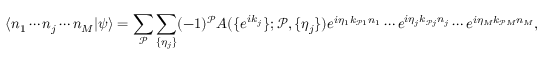
\langle n _ { 1 } \cdots n _ { j } \cdots n _ { M } | \psi \rangle = \sum _ { \mathcal { P } } \sum _ { \{ \eta _ { j } \} } ( - 1 ) ^ { \mathcal { P } } A ( \{ e ^ { i k _ { j } } \} ; \mathcal { P } , \{ \eta _ { j } \} ) e ^ { i \eta _ { 1 } k _ { \mathcal { P } 1 } n _ { 1 } } \cdots e ^ { i \eta _ { j } k _ { \mathcal { P } j } n _ { j } } \cdots e ^ { i \eta _ { M } k _ { \mathcal { P } M } n _ { M } } ,